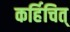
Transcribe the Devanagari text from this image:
कर्हिचित्